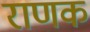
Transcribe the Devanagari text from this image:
राणक